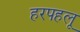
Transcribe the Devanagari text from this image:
हरपहलू